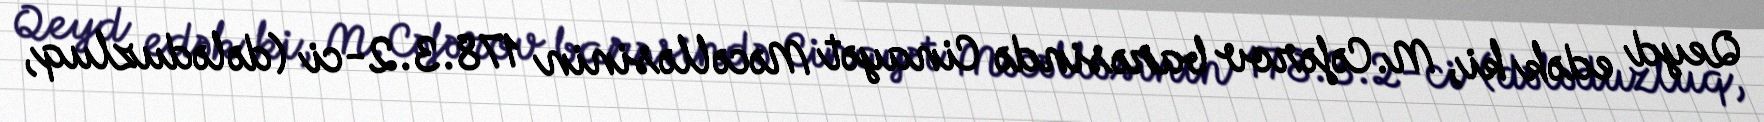
Qeyd edək ki, M.Cəfərov barəsində Cinayət Məcəlləsinin 178.3.2-ci (dələduzluq,